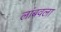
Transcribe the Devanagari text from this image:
लांबवला